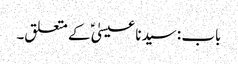
باب : سیدنا عیسیٰؑ کے متعلق۔